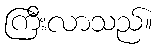
ကြီးလာသည်။